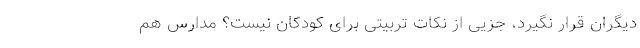
دیگران قرار نگیرد، جزیی از نکات تربیتی برای کودکان نیست؟ مدارس هم